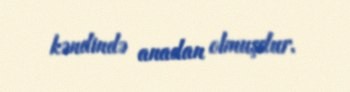
kəndində anadan olmuşdur.